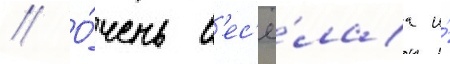
// О́чень в'ес'ё́лаа и́